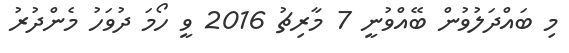
މި ބައްދަލުވުން ބޭއްވުނީ 7 މާރިޗު 2016 ވީ ހޯމަ ދުވަހު މެންދުރު